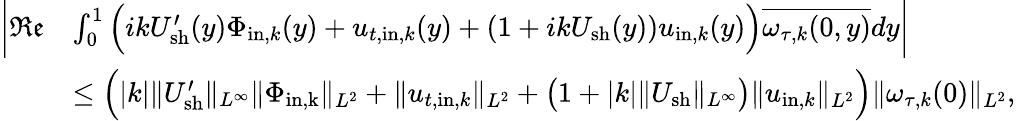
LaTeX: \begin{array}{rl}{\bigg|\mathfrak{Re}}&{\int_{0}^{1}\Big(ikU_{\mathrm{sh}}^{\prime}(y)\Phi_{\mathrm{in},k}(y)+u_{t,\mathrm{in},k}(y)+(1+ikU_{\mathrm{sh}}(y))u_{\mathrm{in},k}(y)\Big)\overline{{\omega_{\tau,k}(0,y)}}dy\bigg|}\\ &{\leq\Big(|k|\| U_{\mathrm{sh}}^{\prime}\| _{L^{\infty}}\| \Phi_{\mathrm{in,k}}\| _{L^{2}}+\| u_{t,\mathrm{in},k}\| _{L^{2}}+\big(1+|k|\| U_{\mathrm{sh}}\| _{L^{\infty}}\big)\| u_{\mathrm{in},k}\| _{L^{2}}\Big)\| \omega_{\tau,k}(0)\| _{L^{2}},}\end{array}